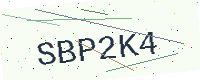
Text: SBP2K4